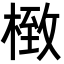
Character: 㮹